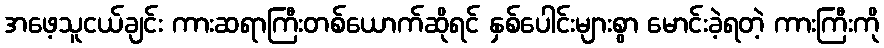
အဖေ့သူငယ်ချင်း ကားဆရာကြီးတစ်ယောက်ဆိုရင် နှစ်ပေါင်းများစွာ မောင်းခဲ့ရတဲ့ ကားကြီးကို